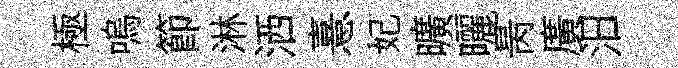
極嗚節淋洒憙妃曠曬昺廣汨